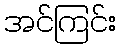
အင်ကြင်း